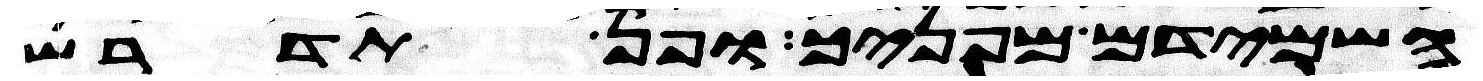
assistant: השמידם מפניך ופן תדרש